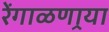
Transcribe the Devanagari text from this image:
रेंगाळणार्‍या